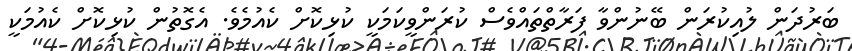
ބަރުދަން ލުއިކުރަން ބޭނުންވާ ފަރާތްތައްވެސް ކުރަންވީކަމަކީ ކުޅިކޮށް ކެއުމެވެ. އެގޮތުން ކުޅިކޮށް ކެއުމަކީ